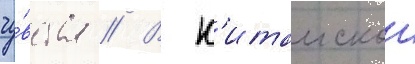
чу́вства // В к'итаискои